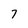
Character: 7